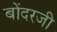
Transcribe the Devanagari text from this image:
बोंदरजी